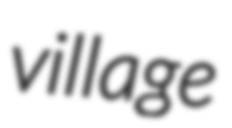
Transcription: village